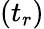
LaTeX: \left(t_{r}\right)